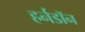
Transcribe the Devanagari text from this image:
हर्नडॉन